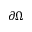
\partial \Omega